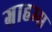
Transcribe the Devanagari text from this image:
ग्राहम्स